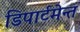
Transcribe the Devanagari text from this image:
डिपार्टमेन्त